Lunatic asylums Madras 1892-1911 - 1892-1911
Year: 1892
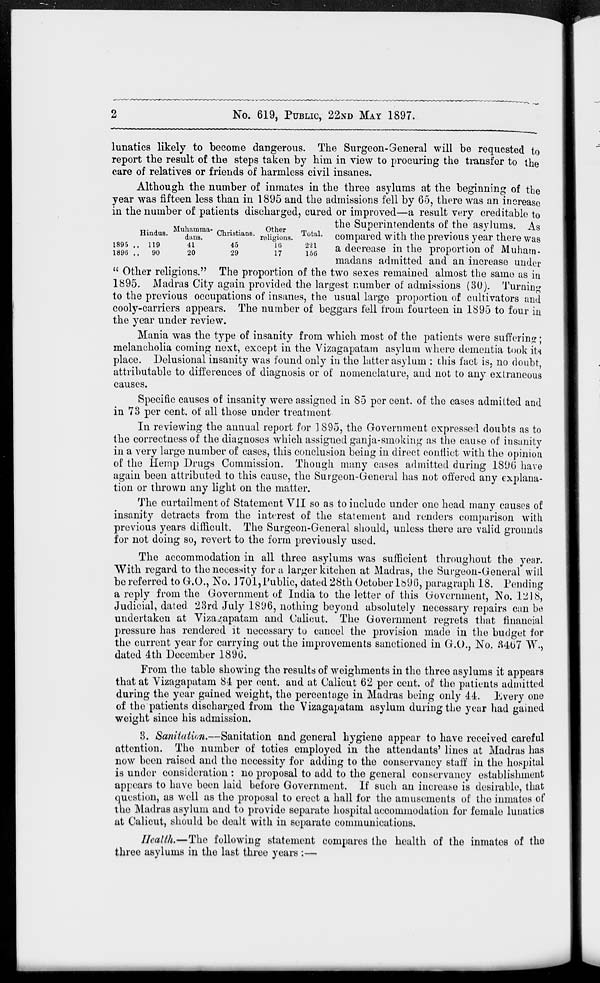
2
No. 619, PUBLIC, 22ND MAY
1897.
lunatics likely to become dangerous. The Surgeon-General will be requested to
report the result of the steps taken by him in view to procuring the transfer to the
care of relatives or friends of harmless civil insanes.
1895 ..
1896 ..
Hindus.
119
90
Muhamma-
dans.
41
20
Christians.
45
29
Other
religions.
16
17
Total.
221
156
Although the number of inmates in the three asylums at the beginning of the
year was fifteen less than in 1895 and the admissions fell by 65, there was an increase
in the number of patients discharged, cured or improved—a result very creditable to
the Superintendents of the asylums. As
compared with the previous year there was
a decrease in the proportion of Muham-
madans admitted and an increase under
" Other religions." The proportion of the two sexes remained almost the same as in
1895. Madras City again provided the largest number of admissions (30). Turning
to the previous occupations of insanes, the usual large proportion of cultivators and
cooly-carriers appears. The number of beggars fell from fourteen in 1895 to four in
the year under review.
Mania was the type of insanity from which most of the patients were suffering;
melancholia coming next, except in the Vizagapatam asylum where dementia took its
place. Delusional insanity was found only in the latter asylum : this fact is, no doubt,
attributable to differences of diagnosis or of nomenclature, and not to any extraneous
causes.
Specific causes of insanity were assigned in 85 per cent. of the cases admitted and
in 73 per cent. of all those under treatment
In reviewing the annual report for 1895, the Government expressed doubts as to
the correctness of the diagnoses which assigned ganja-smoking as the cause of insanity
in a very large number of cases, this conclusion being in direct conflict with the opinion
of the Hemp Drugs Commission. Though many cases admitted during 1896 have
again been attributed to this cause, the Surgeon-General has not offered any explana-
tion or thrown any light on the matter.
The curtailment of Statement VII so as to include under one head many causes of
insanity detracts from the interest of the statement and renders comparison with
previous years difficult. The Surgeon-General should, unless there are valid grounds
for not doing so, revert to the form previously used.
The accommodation in all three asylums was sufficient throughout the year.
With regard to the necessity for a larger kitchen at Madras, the Surgeon-General will
be referred to G.O., No. 1701,Public, dated 28th October 1896, paragraph 18. Pending
a reply from the Government of India to the letter of this Government, No. 1218,
Judicial, dated 23rd July 1896, nothing beyond absolutely necessary repairs can be
undertaken at Vizagapatam and Calicut. The Government regrets that financial
pressure has rendered it necessary to cancel the provision made in the budget for
the current year for carrying out the improvements sanctioned in G.O., No. 3467 W.,
dated 4th December 1896.
From the table showing the results of weighments in the three asylums it appears
that at Vizagapatam 84 per cent. and at Calicut 62 per cent. of the patients admitted
during the year gained weight, the percentage in Madras being only 44. Every one
of the patients discharged from the Vizagapatam asylum during the year had gained
weight since his admission.
3. Sanitation.—Sanitation
and general hygiene appear to have received careful
attention. The number of toties employed in the attendants' lines at Madras has
now been raised and the necessity for adding to the conservancy staff in the hospital
is under consideration : no proposal to add to the general conservancy establishment
appears to have been laid before Government. If such an increase is desirable, that
question, as well as the proposal to erect a hall for the amusements of the inmates of
the Madras asylum and to provide separate hospital accommodation for female lunatics
at Calicut, should be dealt with in separate communications.
Health.—The following statement compares the health of the inmates of the
three asylums in the last three years :—